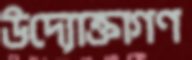
উদ্যোক্তাগণ